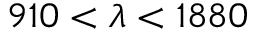
9 1 0 < \lambda < 1 8 8 0